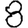
Digit: 8